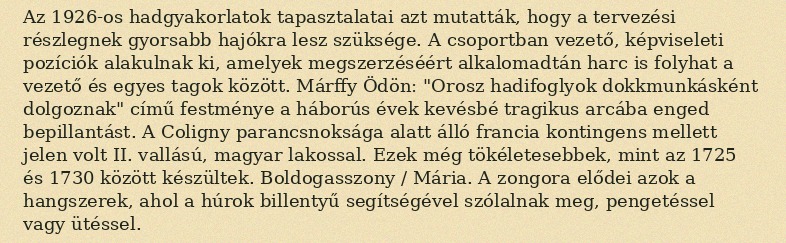
Az 1926-os hadgyakorlatok tapasztalatai azt mutatták, hogy a tervezési részlegnek gyorsabb hajókra lesz szüksége. A csoportban vezető, képviseleti pozíciók alakulnak ki, amelyek megszerzéséért alkalomadtán harc is folyhat a vezető és egyes tagok között. Márffy Ödön: "Orosz hadifoglyok dokkmunkásként dolgoznak" című festménye a háborús évek kevésbé tragikus arcába enged bepillantást. A Coligny parancsnoksága alatt álló francia kontingens mellett jelen volt II. vallású, magyar lakossal. Ezek még tökéletesebbek, mint az 1725 és 1730 között készültek. Boldogasszony / Mária. A zongora elődei azok a hangszerek, ahol a húrok billentyű segítségével szólalnak meg, pengetéssel vagy ütéssel.